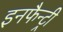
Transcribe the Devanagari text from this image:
इनफैन्ट्री